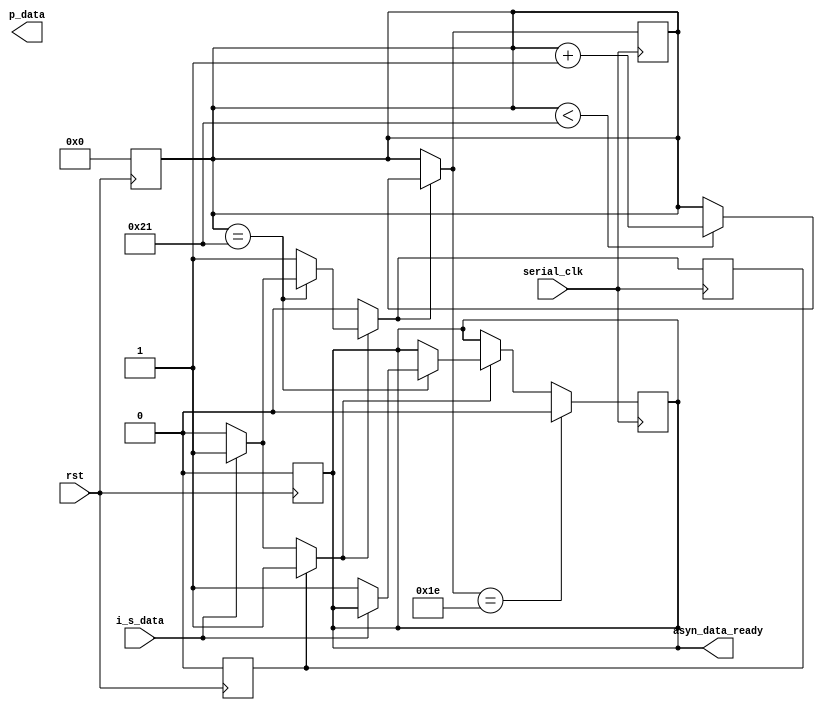
module SerialReciever( i_s_data, serial_clk, rst, asyn_data_ready, p_data);

    input                   serial_clk;
    input                   i_s_data;
    output                  asyn_data_ready;
    output      [31:0]      p_data;
    input                   rst;
    
    reg         [32:0]      data;
    reg         [31:0]      latched;
    reg         [5 :0]      counter;
    reg                     d_enable;
    reg                     new_data;

    always @(posedge rst) 
    begin   // Simulation assistance.
            data        = 33'b00000000000000000000000000000000000;
            latched     = 33'b00000000000000000000000000000000000;
            d_enable    = 1'b0;
            new_data    = 1'b0;
            counter     = 1'b0;
    end

    assign p_dat            = latched;
    assign asyn_data_ready  = new_data;

    always @(posedge serial_clk)
    begin
        if(d_enable == 0)
            if(i_s_data == 1)
                d_enable        = 1;
        if(d_enable == 1)
            if(counter == 33)
                if(i_s_data == 0)
                begin
                    d_enable    = 0;
                    latched     = data[31:0];
                    new_data    = 1'b1;
                end
        if(d_enable == 1)
            if(counter < 33)
            begin
                data [counter]  = i_s_data;
                counter         = counter + 1;
            end
        if(counter == 30)
            new_data            = 1'b0;

    end

endmodule